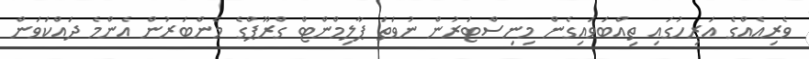
ވެރިއެއްގެ އަރިހުގައި ތިއްބަވައިގެން މިނިސްޓަރުން ނުވަތަ ޕާލިމްންޓް ގްރޫޕްގެ މެންބަރުން އެންމެ ދައްކަވަން